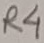
Text: R4